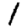
Digit: 1